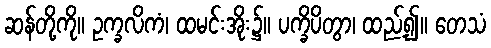
ဆန်တို့ကို။ ဥက္ခလိကံ၊ ထမင်းအိုး၌။ ပက္ခိပိတွာ၊ ထည့်၍။ တေသံ